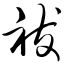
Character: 祓